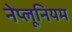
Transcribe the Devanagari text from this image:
नेप्लूनियम